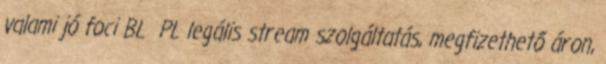
valami jó foci BL PL legális stream szolgáltatás, megfizethető áron,